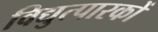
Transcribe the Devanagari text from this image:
विद्युत्पारकों